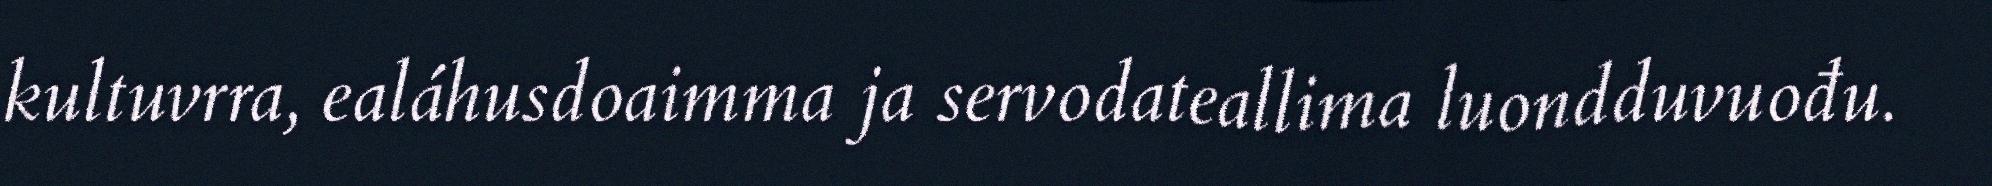
kultuvrra, ealáhusdoaimma ja servodateallima luondduvuođu.